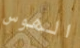
الهوس